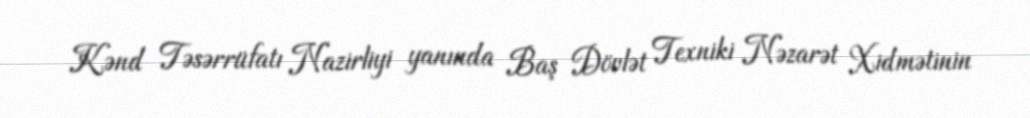
Kənd Təsərrüfatı Nazirliyi yanında Baş Dövlət Texniki Nəzarət Xidmətinin